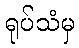
ရုပ်သံမှ